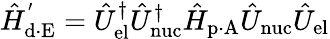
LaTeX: \hat{H}_{\mathrm{d\cdot E}}^{'}=\hat{U}_{\mathrm{el}}^{\dagger}\hat{U}_{\mathrm{nuc}}^{\dagger}\hat{H}_{\mathrm{p\cdot A}}\hat{U}_{\mathrm{nuc}}\hat{U}_{\mathrm{el}}